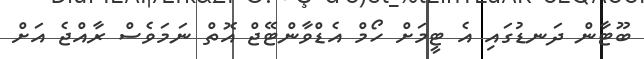
ބޫޓާން ދަނޑުގައި އެ ޓީމަށް ހޯމް އެޑްވާންޓޭޖް އޮތް ނަމަވެސް ރާއްޖެ އަށް